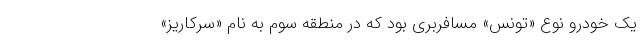
یک خودرو نوع «تونس» مسافربری بود که در منطقه سوم به نام «سرکاریز»